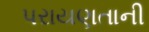
પરાયણતાની